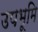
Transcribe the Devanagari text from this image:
उपभूमि